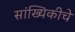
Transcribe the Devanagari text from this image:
सांख्यिकीचे